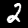
Label: 2